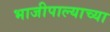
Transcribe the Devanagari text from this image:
भाजीपाल्याच्या